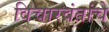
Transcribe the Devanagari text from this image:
विचारवंतांचे